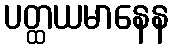
ပတ္ထယမာနေန